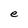
Character: e